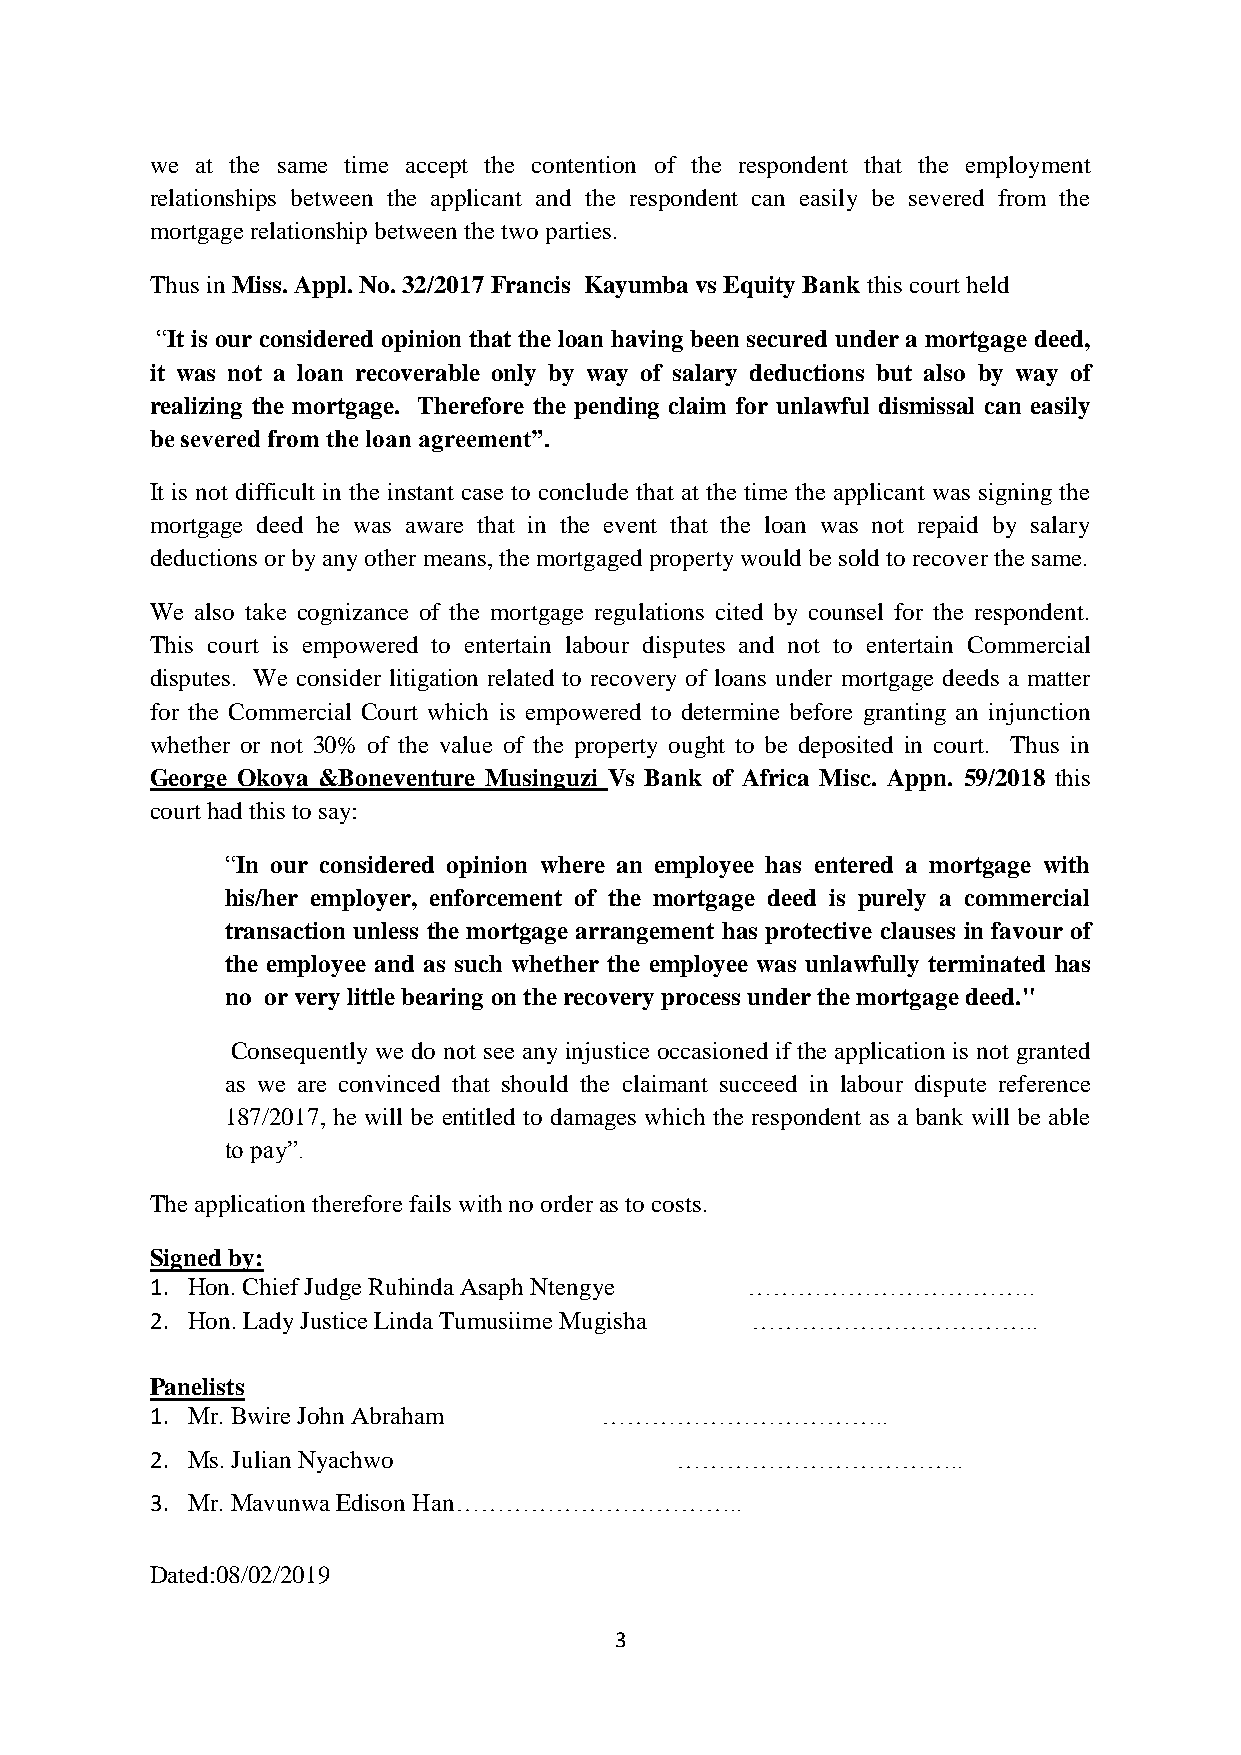
we at the same time accept the contention of the respondent that the employment
 relationships between the applicant and the respondent can easily be severed from the
 mortgage relationship between the two parties.
 Thus in Miss. Appl. No. 32/2017 Francis Kayumba vs Equity Bank this court held
 “It is our considered opinion that the loan having been secured under a mortgage deed,
 it was not a loan recoverable only by way of salary deductions but also by way of
 realizing the mortgage. Therefore the pending claim for unlawful dismissal can easily
 be severed from the loan agreement”.
 It is not difficult in the instant case to conclude that at the time the applicant was signing the
 mortgage deed he was aware that in the event that the loan was not repaid by salary
 deductions or by any other means, the mortgaged property would be sold to recover the same.
 We also take cognizance of the mortgage regulations cited by counsel for the respondent.
 This court is empowered to entertain labour disputes and not to entertain Commercial
 disputes. We consider litigation related to recovery of loans under mortgage deeds a matter
 for the Commercial Court which is empowered to determine before granting an injunction
 whether or not 30% of the value of the property ought to be deposited in court. Thus in
 George Okoya &Boneventure Musinguzi Vs Bank of Africa Misc. Appn. 59/2018 this
 court had this to say:
 “In our considered opinion where an employee has entered a mortgage with
 his/her employer, enforcement of the mortgage deed is purely a commercial
 transaction unless the mortgage arrangement has protective clauses in favour of
 the employee and as such whether the employee was unlawfully terminated has
 no or very little bearing on the recovery process under the mortgage deed."
 Consequently we do not see any injustice occasioned if the application is not granted
 as we are convinced that should the claimant succeed in labour dispute reference
 187/2017, he will be entitled to damages which the respondent as a bank will be able
 to pay”.
 The application therefore fails with no order as to costs.
 Signed by:
 1. Hon. Chief Judge Ruhinda Asaph Ntengye ……………………………..
 2. Hon. Lady Justice Linda Tumusiime Mugisha ……………………………..
 Panelists
 1. Mr. Bwire John Abraham     ……………………………..
 2. Ms. Julian Nyachwo              ……………………………..
 3. Mr. Mavunwa Edison Han……………………………..
 Dated:08/02/2019
 3